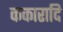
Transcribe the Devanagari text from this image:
ककारादि